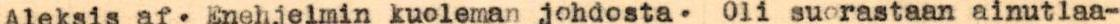
Aleksis af. Enehjelmin kuoleman johdosta· Oli suorastaan ainutlaa-